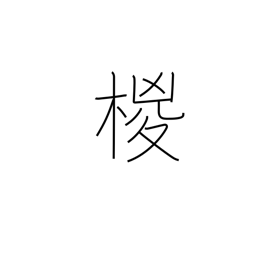
Meaning: hemp palm